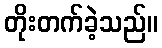
တိုးတက်ခဲ့သည်။